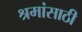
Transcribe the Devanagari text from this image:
श्रमांसाठी